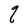
Character: q